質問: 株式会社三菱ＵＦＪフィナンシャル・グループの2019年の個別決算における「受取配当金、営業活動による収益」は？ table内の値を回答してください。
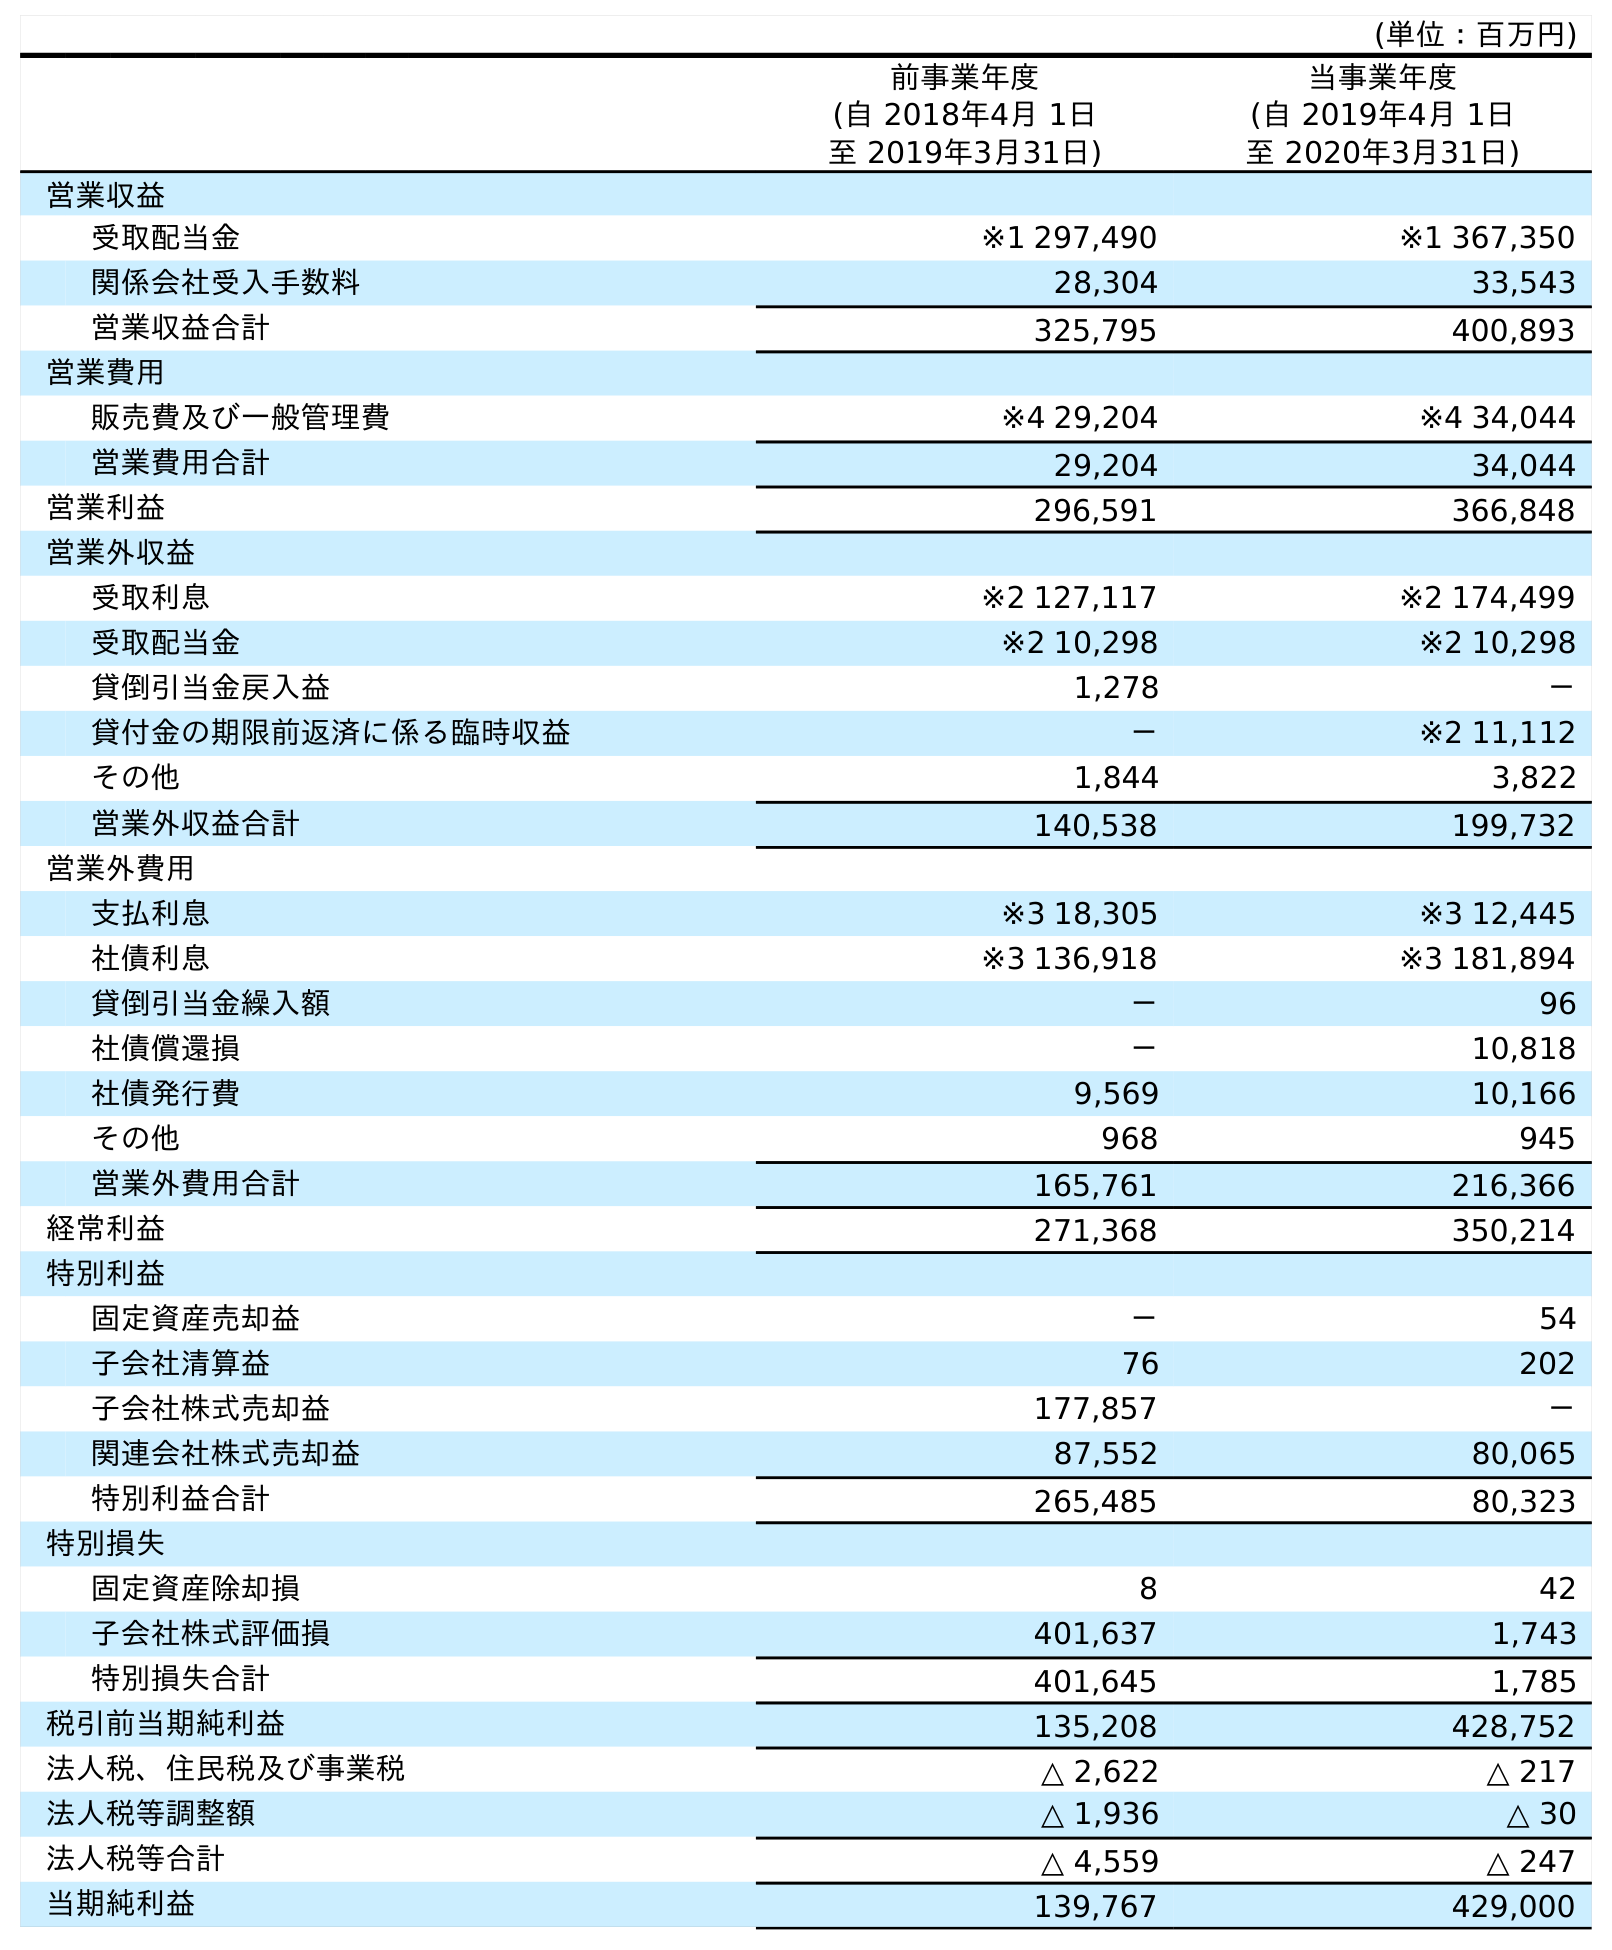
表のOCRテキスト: (単位：百万円) 前事業年度 (自 2018年4月 1日 至 2019年3月31日) 当事業年度 (自 2019年4月 1日 至 2020年3月31日) 営業収益 受取配当金 ※1 297,490 ※1 367,350 関係会社受入手数料 28,304 33,543 営業収益合計 325,795 400,893 営業費用 販売費及び一般管理費 ※4 29,204 ※4 34,044 営業費用合計 29,204 34,044 営業利益 296,591 366,848 営業外収益 受取利息 ※2 127,117 ※2 174,499 受取配当金 ※2 10,298 ※2 10,298 貸倒引当金戻入益 1,278 － 貸付金の期限前返済に係る臨時収益 － ※2 11,112 その他 1,844 3,822 営業外収益合計 140,538 199,732 営業外費用 支払利息 ※3 18,305 ※3 12,445 社債利息 ※3 136,918 ※3 181,894 貸倒引当金繰入額 － 96 社債償還損 － 10,818 社債発行費 9,569 10,166 その他 968 945 営業外費用合計 165,761 216,366 経常利益 271,368 350,214 特別利益 固定資産売却益 － 54 子会社清算益 76 202 子会社株式売却益 177,857 － 関連会社株式売却益 87,552 80,065 特別利益合計 265,485 80,323 特別損失 固定資産除却損 8 42 子会社株式評価損 401,637 1,743 特別損失合計 401,645 1,785 税引前当期純利益 135,208 428,752 法人税、住民税及び事業税 △ 2,622 △ 217 法人税等調整額 △ 1,936 △ 30 法人税等合計 △ 4,559 △ 247 当期純利益 139,767 429,000
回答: ※1297,490